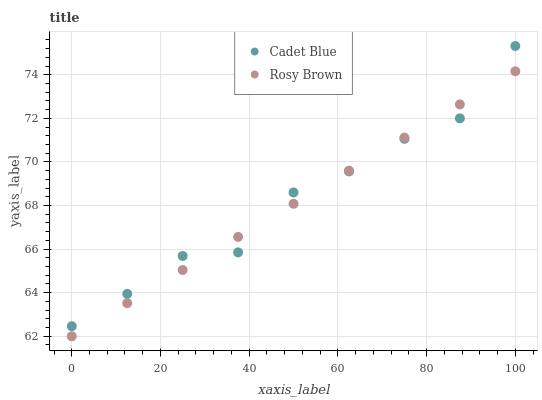
| xaxis_label | Cadet Blue | Rosy Brown |
 | --- | --- | --- |
 | 0 | 62.5 | 62 |
 | 12.5 | 63.9 | 63.5 |
 | 25 | 65.7 | 65 |
 | 37.5 | 65.9 | 66.6 |
 | 50 | 68.6 | 68.1 |
 | 62.5 | 69.6 | 69.6 |
 | 75 | 71.1 | 71.1 |
 | 87.5 | 72 | 72.6 |
 | 100 | 75.3 | 74.2 |